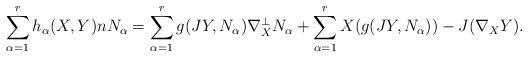
LaTeX: \begin{align*}\sum_{\alpha=1}^rh_{\alpha}(X,Y)nN_{\alpha}=\sum_{\alpha=1}^rg(JY,N_{\alpha})\nabla_X^{\perp}N_{\alpha}+\sum_{\alpha=1}^rX(g(JY,N_{\alpha}))-J(\nabla_XY).\end{align*}